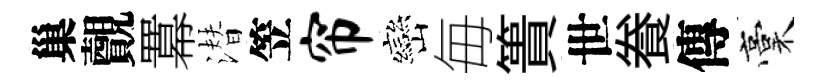
巢覿羃潜笠帘巒毎簣世飬傳稾